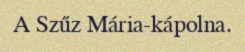
A Szűz Mária-kápolna.